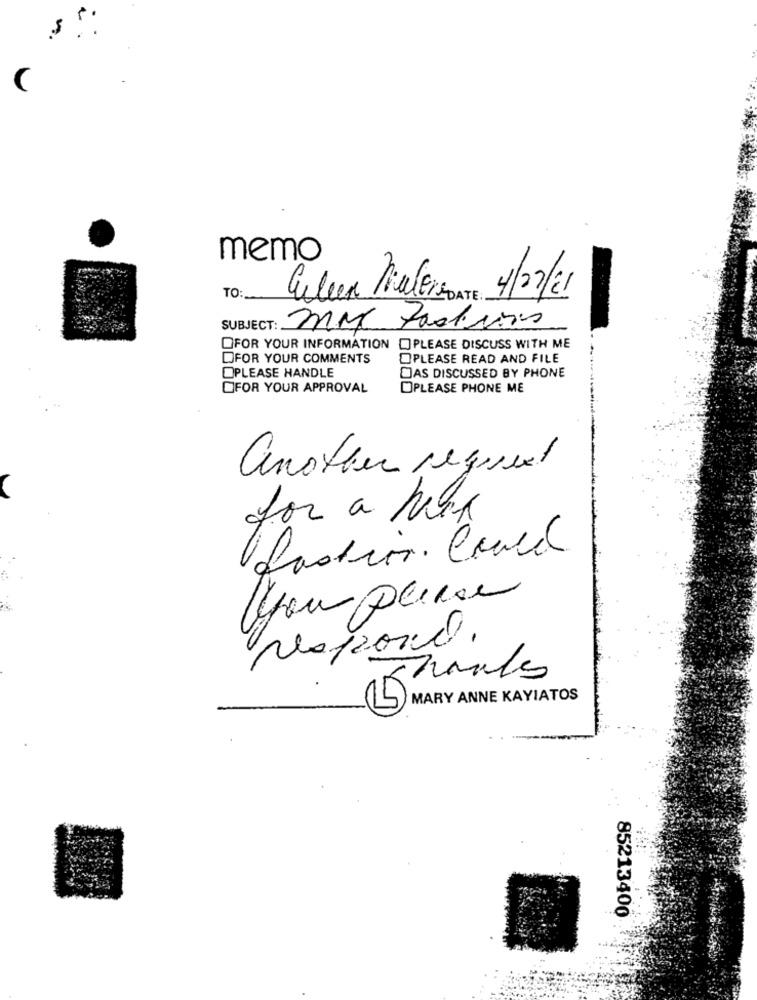
memo
TO:
Eileen Nialer DATE 4/07/21
SUBJECT: MMC Jacksons
QFOR YOUR INFORMATION PLEASE DISCUSS WITH ME
DFOR YOUR COMMENTS
OPLEASE READ AND FILE
OPLEASE HANDLE
DAS DISCUSSED BY PHONE
OFOR YOUR APPROVAL
OPLEASE PHONE ME
another request
for a Max
fastion. Could.
you please
respond.
MARY ANNE KAYIATOS
85213400